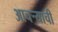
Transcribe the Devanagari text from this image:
आचऱ्याची